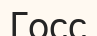
Госс